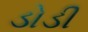
ડોડી